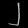
Digit: ၂